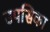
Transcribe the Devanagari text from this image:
उपसिका